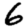
Digit: 6